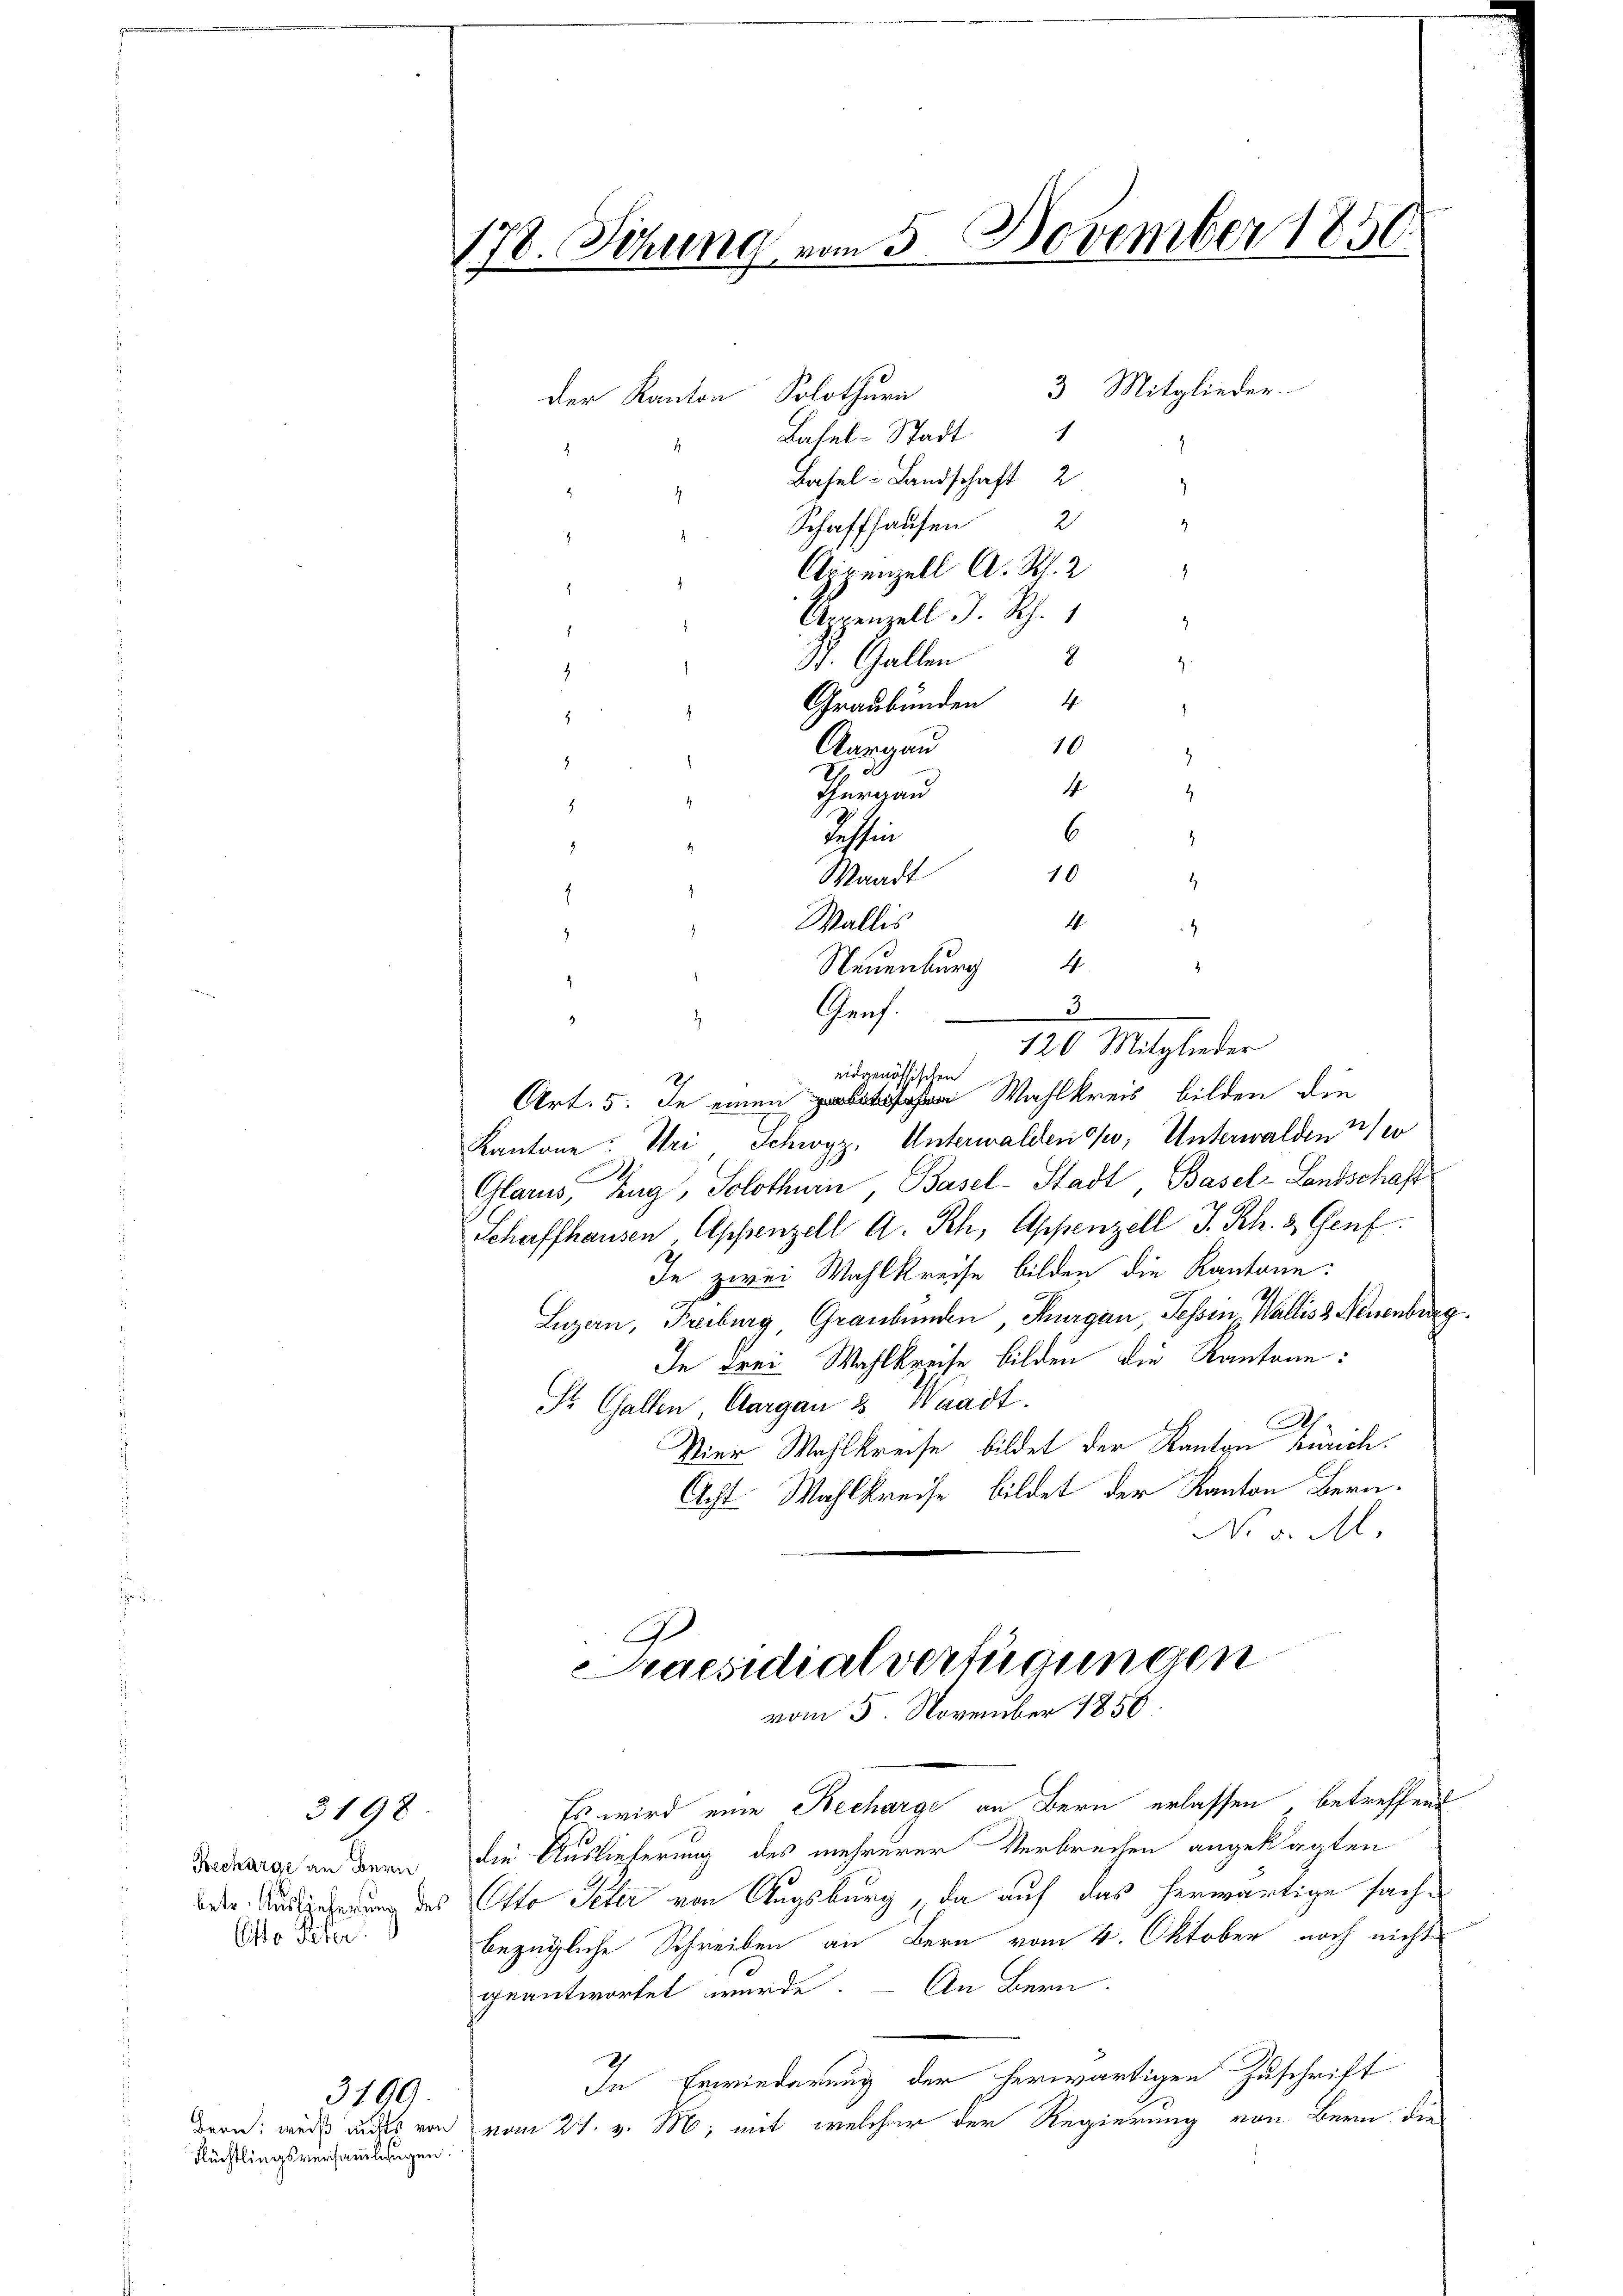
Recharge an Bern
betr. Auslieferung des
(Aste Peter

Bern:
Flüchtlin

3198

gsversammlungen.

3199.
weiß nichts von

178. Sizung vom 5. November 1850
3 Mitglieder
der Kanton Solothurn
1
Basel-Stadt
4
.
1
" Basel-Landschaft 2
s
.
2
Schaffhausen
3
t
.
Aigenzell A. R. 2
1
.
.
Anenzell d. Rh. 1
2
1
2
2
31. Gallen
z
1
Graubünden 4
.
2
10
Aargau
.
2
4
Thurgau
4
4
6
Beschein
.
.
10
Waadt
)
1
4
Wallis
4
)
4
Neuenburg 4

3
Graf.
120 Mitglieder
eidgenössischen
Art. 5. In einen Wahlkreis bilden die
Kantone: Uri, Schwyz, Unterwalden, Unterwalden e
Glarus, Zug, Solothurn, Basel-Stadt Basel-Landschaft
Schaffhausen Appenzell A. Rch, Appenzell I. Rh. & Genf
In zwei Wahlkreise bilden die Kantone:
Luzern, Freiburg Graubünden Thurgau, Tessin, Wallis 3. Neuenburg
In drei Wahlkreise bilden die Kantone:
St. Gallen, Aargau u. Waadt.
h
Vier Wahlkreise bildet der Kanton Zürich.
Acht Wahlkreise bildet der Kanton Bera¬
No v. M.
G

Praesidialverfügungen
vom 5. November 1858

Es wird eine Recharge an Bern erlassen betreffend
die Auslieferung des mehrerer Verbrechen angeklagten
Otto Peter von Augsburg, da auf das herwärtige sachbezügliche Schreiben an Bern vom 4. Oktober noch nicht
geantwortet wurde. – An Bern
In Erwiederung der herwärtigen Zuschrift
vom 27. v. M. mit welcher der Regierung von Bern die